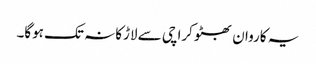
یہ کاروان بھٹو کراچی سے لاڑکانہ تک ہوگا۔